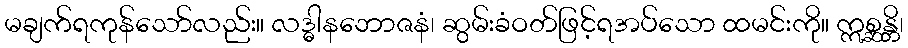
မချက်ရကုန်သော်လည်း။ လဒ္ဓါနဘောဇနံ၊ ဆွမ်းခံဝတ်ဖြင့်ရအပ်သော ထမင်းကို။ ဣစ္ဆန္တိ၊